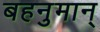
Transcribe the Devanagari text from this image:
बहनुमान्